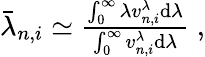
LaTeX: \begin{array}{r}{\bar{\lambda}_{n,i}\simeq\frac{\int_{0}^{\infty}\lambda v_{n,i}^{\lambda}\mathrm{d}\lambda}{\int_{0}^{\infty}v_{n,i}^{\lambda}\mathrm{d}\lambda}\; ,}\end{array}